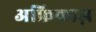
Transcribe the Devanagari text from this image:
अफ्रिकाज़